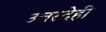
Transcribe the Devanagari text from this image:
उत्तरदेही